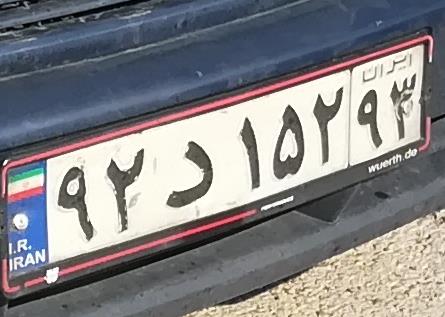
۹۲د۱۵۲۹۳